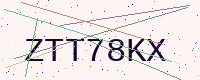
Text: ZTT78KX